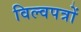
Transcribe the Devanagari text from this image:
विल्वपत्रों